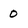
Character: 0